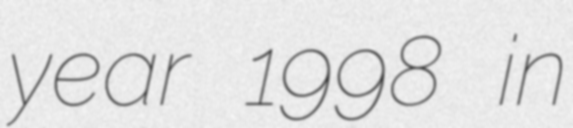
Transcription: year 1998 in